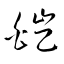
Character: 皚